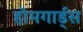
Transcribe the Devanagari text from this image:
होमगार्ड्‌स